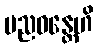
ပညဝန္တေဟိ